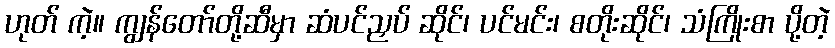
ဟုတ် ကဲ့။ ကျွန်တော်တို့ဆီမှာ ဆံပင်ညှပ် ဆိုင်၊ ပင်မင်း၊ စတိုးဆိုင်၊ သံကြိုးစာ ပို့တဲ့